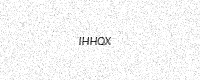
Text: IHHQX